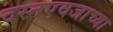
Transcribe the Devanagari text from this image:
दस्तएवजाच्या